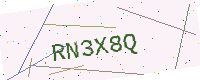
Text: RN3X8Q